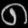
Digit: ၈